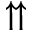
\upuparrows